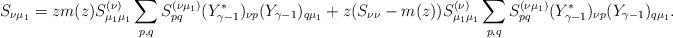
LaTeX: \begin{align*} S_{\nu \mu_1}= zm(z) S_{\mu_1 \mu_1}^{(\nu)} \sum_{p,q} S_{pq}^{(\nu \mu_1)} (Y_{\gamma-1}^*)_{\nu p} (Y_{\gamma-1})_{q\mu_1}+z(S_{\nu \nu}-m(z)) S_{\mu_1 \mu_1}^{(\nu)} \sum_{p,q} S_{pq}^{(\nu \mu_1)} (Y_{\gamma-1}^*)_{\nu p} (Y_{\gamma-1})_{q\mu_1}.\end{align*}